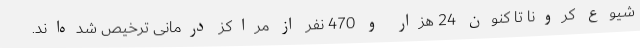
شیوع کرونا تا کنون 24 هزار و 470 نفر از مراکز درمانی ترخیص شده‌اند.